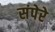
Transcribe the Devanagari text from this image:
संपेरे